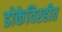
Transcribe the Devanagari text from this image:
डोकेविरहीत